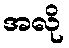
အလို